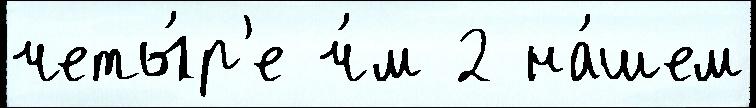
четы́р'е ч́м 2 на́шем